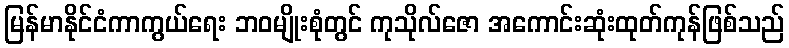
မြန်မာနိုင်ငံကာကွယ်ရေး ဘဝမျိုးစုံတွင် ကုသိုလ်ဇော အကောင်းဆုံးထုတ်ကုန်ဖြစ်သည်